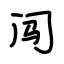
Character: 闯